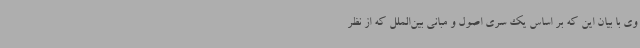
وی با بیان این که بر اساس یک سری اصول و مبانی بین‌الملل که از نظر